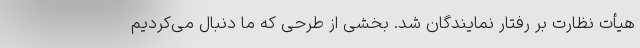
هیأت نظارت بر رفتار نمایندگان شد. بخشی از طرحی که ما دنبال می‌کردیم